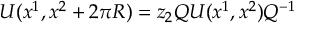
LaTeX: U ( x ^ { 1 } , x ^ { 2 } + 2 \pi R ) = z _ { 2 } Q U ( x ^ { 1 } , x ^ { 2 } ) Q ^ { - 1 }